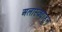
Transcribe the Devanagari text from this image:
अलास्क्याहून